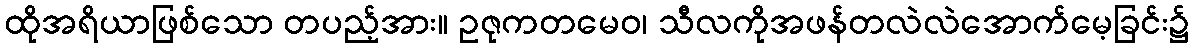
ထိုအရိယာဖြစ်သော တပည့်အား။ ဥဇုကတမေဝ၊ သီလကိုအဖန်တလဲလဲအောက်မေ့ခြင်း၌